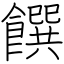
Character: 饌